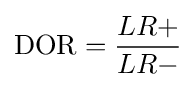
{\text{DOR}}={\frac {LR+}{LR-}}